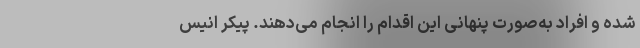
شده‌ و افراد به‌صورت پنهانی این اقدام را انجام می‌دهند. پیکر انیس